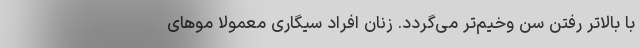
با بالاتر رفتن سن وخیم‌تر می‌گردد. زنان افراد سیگاری معمولا موهای